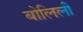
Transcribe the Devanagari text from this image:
बोलिली